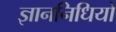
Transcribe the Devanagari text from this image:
ज्ञाननिधियों